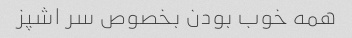
همه خوب بودن بخصوص سر اشپز